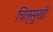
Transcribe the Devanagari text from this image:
चित्‌सुखी